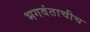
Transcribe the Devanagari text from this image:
भगवंताचीच